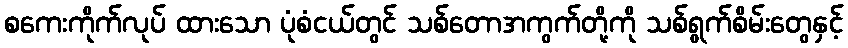
စကေးကိုက်လုပ် ထားသော ပုံစံငယ်တွင် သစ်တောအကွက်တို့ကို သစ်ရွက်စိမ်းတွေနှင့်